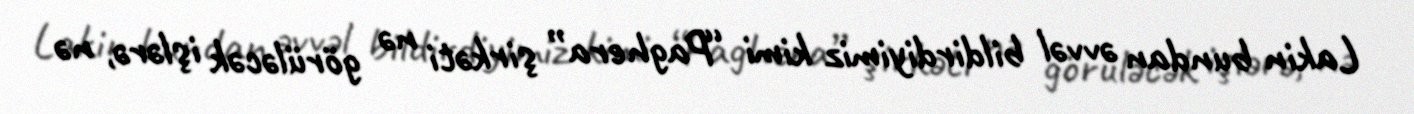
Lakin bundan əvvəl bildirdiyimiz kimi “Paghera” şirkəti nə görüləcək işlərə, nə